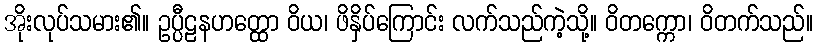
အိုးလုပ်သမား၏။ ဥပ္ပီဠနဟတ္ထော ဝိယ၊ ဖိနှိပ်ကြောင်း လက်သည်ကဲ့သို့။ ဝိတက္ကော၊ ဝိတက်သည်။